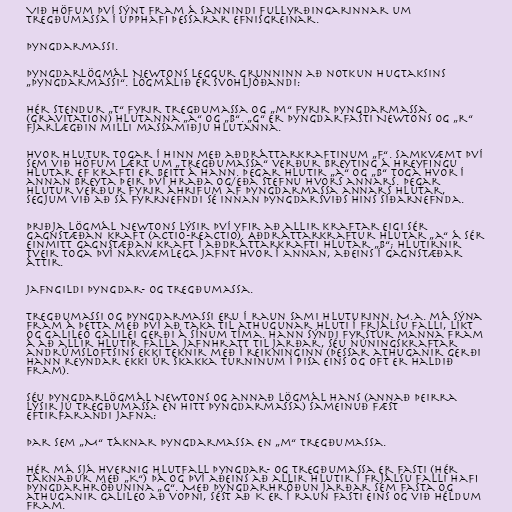
Við höfum því sýnt fram á sannindi fullyrðingarinnar um
tregðumassa í upphafi þessarar efnisgreinar.

Þyngdarmassi.

Þyngdarlögmál Newtons leggur grunninn að notkun hugtaksins
„þyngdarmassi“. Lögmálið er svohljóðandi:

Hér stendur „t“ fyrir tregðumassa og „m“ fyrir þyngdarmassa
(gravitation) hlutanna „a“ og „b“. „G“ er þyngdarfasti Newtons og „r“
fjarlægðin milli massamiðju hlutanna.

Hvor hlutur togar í hinn með aðdráttarkraftinum „F“. Samkvæmt því
sem við höfum lært um „tregðumassa“ verður breyting á hreyfingu
hlutar ef krafti er beitt á hann. Þegar hlutir „a“ og „b“ toga hvor í
annan breyta þeir því hraða og/eða stefnu hvors annars. Þegar
hlutur verður fyrir áhrifum af þyngdarmassa annars hlutar,
segjum við að sá fyrrnefndi sé innan þyngdarsviðs hins síðarnefnda.

Þriðja lögmál Newtons lýsir því yfir að allir kraftar eigi sér
gagnstæðan kraft (actio-reactio). Aðdráttarkraftur hlutar „a“ á sér
einmitt gagnstæðan kraft í aðdráttarkrafti hlutar „b“; hlutirnir
tveir toga því nákvæmlega jafnt hvor í annan, aðeins í gagnstæðar
áttir.

Jafngildi þyngdar- og tregðumassa.

Tregðumassi og þyngdarmassi eru í raun sami hluturinn. M.a. má sýna
fram á þetta með því að taka til athugunar hluti í frjálsu falli, líkt
og Galileo Galilei gerði á sínum tíma. Hann sýndi fyrstur manna fram
á að allir hlutir falla jafnhratt til jarðar, séu núningskraftar
andrúmsloftsins ekki teknir með í reikninginn (þessar athuganir gerði
hann reyndar ekki úr Skakka turninum í Pisa eins og oft er haldið
fram).

Séu þyngdarlögmál Newtons og annað lögmál hans (annað þeirra
lýsir jú tregðumassa en hitt þyngdarmassa) sameinuð fæst
eftirfarandi jafna:

þar sem „M“ táknar þyngdarmassa en „m“ tregðumassa.

Hér má sjá hvernig hlutfall þyngdar- og tregðumassa er fasti (hér
táknaður með „K“) þá og því aðeins að allir hlutir í frjálsu falli hafi
þyngdarhröðunina „g“. Með þyngdarhröðun jarðar sem fasta og
athuganir Galileo að vopni, sést að K er í raun fasti eins og við héldum
fram.